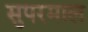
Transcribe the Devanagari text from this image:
सुपरमाल